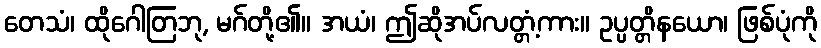
တေသံ၊ ထိုဂေါတြဘု, မဂ်တို့၏။ အယံ၊ ဤဆိုအပ်လတ္တံ့ကား။ ဥပ္ပတ္တိနယော၊ ဖြစ်ပုံကို